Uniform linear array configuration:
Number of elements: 24
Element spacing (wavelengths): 0.25
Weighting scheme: kaiser
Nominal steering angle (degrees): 45
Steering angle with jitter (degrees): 45.29
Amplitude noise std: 0.05
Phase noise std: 0.05

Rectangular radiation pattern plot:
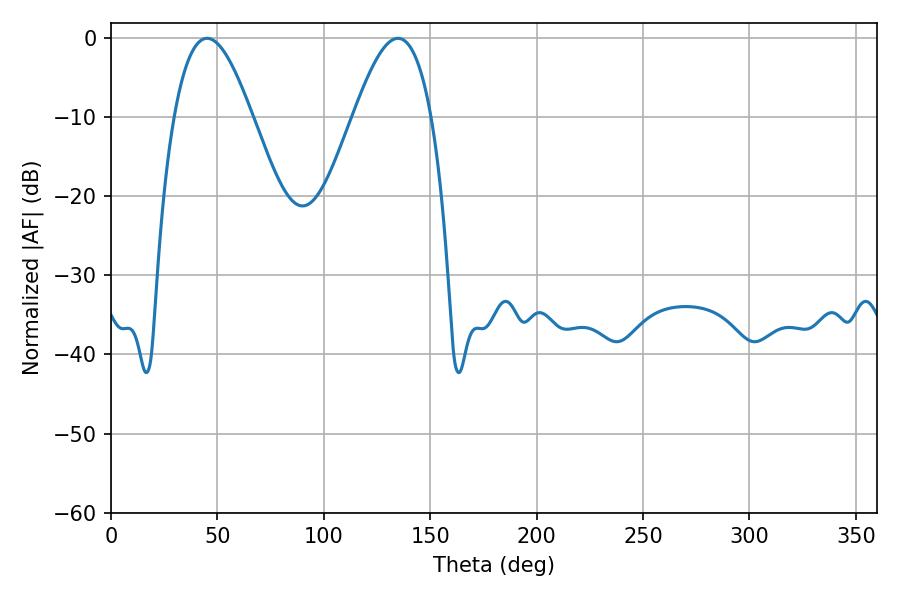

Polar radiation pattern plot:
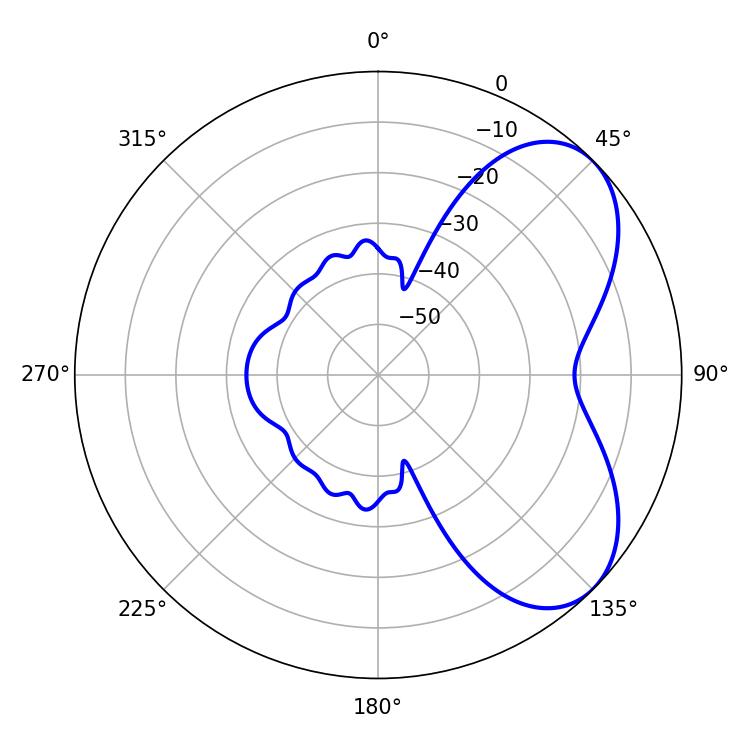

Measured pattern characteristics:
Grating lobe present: FALSE
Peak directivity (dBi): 5.611
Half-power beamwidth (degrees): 19.98
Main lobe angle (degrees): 45.18